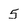
Character: 5